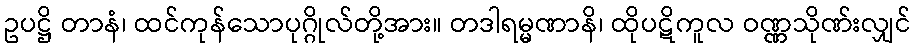
ဥပဋ္ဌိ တာနံ၊ ထင်ကုန်သောပုဂ္ဂိုလ်တို့အား။ တဒါရမ္မဏာနိ၊ ထိုပဋိကူလ ဝဏ္ဏသိုဏ်းလျှင်